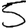
Digit: 5